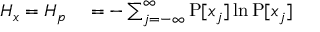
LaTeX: \begin{array} { r l r } { H _ { x } = H _ { p } } & { { } = - \sum _ { j = - \infty } ^ { \infty } \operatorname { P } [ x _ { j } ] \ln \operatorname { P } [ x _ { j } ] } \end{array}